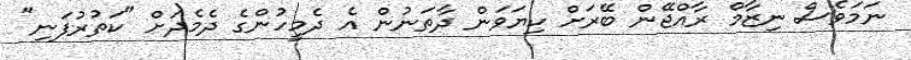
ނަމަވެސް ނިޒާމް ރާއްޖޭން ބޭރަށް ކިޔަވަން ދާތަނުން އެ ދެމީހުންގެ ދެމެދަށް "ކަތުރުފަނި"